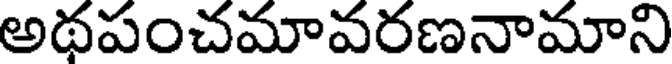
అథపంచమావరణనామాని